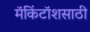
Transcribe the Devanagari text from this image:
मॅकिंटॉशसाठी